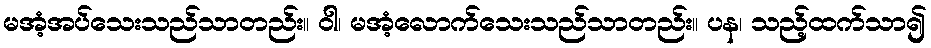
မအံ့အပ်သေးသည်သာတည်း။ ဝါ၊ မအံ့လောက်သေးသည်သာတည်း။ ပန၊ သည့်ထက်သာ၍